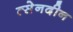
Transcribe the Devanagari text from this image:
त्सेनदीन